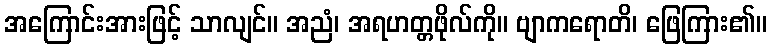
အကြောင်းအားဖြင့် သာလျင်။ အညံ၊ အရဟတ္တဖိုလ်ကို။ ဗျာကရောတိ၊ ဖြေကြား၏။